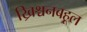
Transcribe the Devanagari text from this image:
ख्रिश्चनबहूल